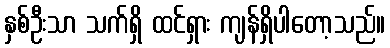
နှစ်ဦးသာ သက်ရှိ ထင်ရှား ကျန်ရှိပါတော့သည်။